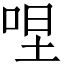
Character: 㖏